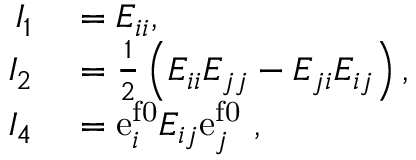
\begin{array} { r l } { I _ { 1 } } & { { } = E _ { i i } ^ { \phantom { } } , } \\ { I _ { 2 } } & { { } = \frac { 1 } { 2 } \left( E _ { i i } ^ { \phantom { } } E _ { j j } ^ { \phantom { } } - E _ { j i } ^ { \phantom { } } E _ { i j } ^ { \phantom { } } \right) , } \\ { I _ { 4 } } & { { } = { \mathrm { e } } _ { i } ^ { \mathrm { f 0 } } E _ { i j } ^ { \phantom { } } { \mathrm { e } } _ { j } ^ { \mathrm { f 0 } } \ , } \end{array}